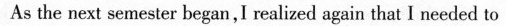
As the next semeser began,I realized again that I needed to